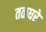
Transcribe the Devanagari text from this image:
तळघरे